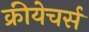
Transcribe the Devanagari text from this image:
क्रीयेचर्स